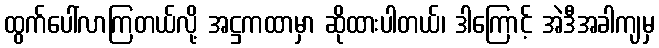
ထွက်ပေါ်လာကြတယ်လို့ အဋ္ဌကထာမှာ ဆိုထားပါတယ်၊ ဒါကြောင့် အဲဒီအခါကျမှ